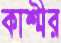
কাশ্মীর